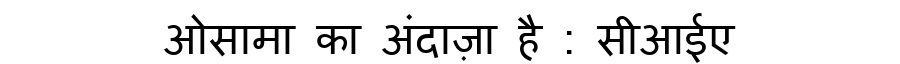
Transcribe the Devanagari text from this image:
ओसामा का अंदाज़ा है : सीआईए